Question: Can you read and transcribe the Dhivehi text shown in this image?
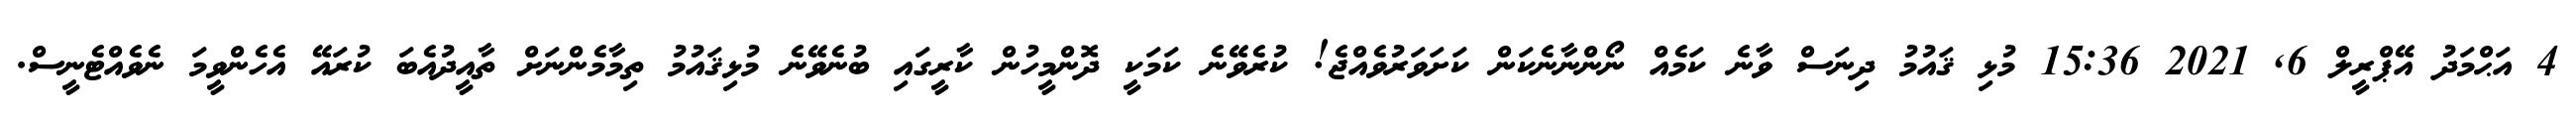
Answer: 4 އަޙްމަދު އޭޕްރީލް 6, 2021 15:36 މުޅި ޤައުމު ދިނަސް ވާނެ ކަމެއް ނޯންނާނެކަން ކަށަވަރުވެއްޖެ! ކުރެވޭނެ ކަމަކީ ދޮންމީހުން ކާރީގައި ބުނެވޭނެ މުޅިޤައުމު ތިމާމެންނަށް ތާއީދުއެބަ ކުރައޭ އެހެންވީމަ ނެވެއްޓެނީސް.